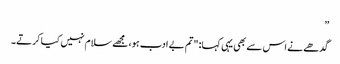
”
گدھے نے اس سے بھی یہی کہا: "تم بے ادب ہو، مجھے سلام نہیں کیا کرتے۔